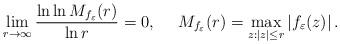
LaTeX: \begin{align*} \lim\limits_{r\to\infty}\frac{\ln\ln{}M_{f_\varepsilon}(r)}{\ln r}=0,\ \ \ \ M_{f_\varepsilon}(r)=\max\limits_{z:|z|\leq{}r}|f_\varepsilon(z)|\,. \end{align*}